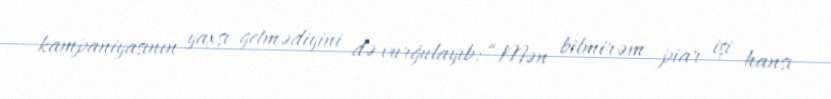
kampaniyasının yaxşı getmədiyini də vurğulayıb: “Mən bilmirəm piar işi hansı